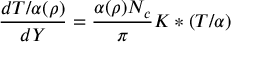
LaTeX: { \frac { d T / \alpha ( \rho ) } { d Y } } = { \frac { \alpha ( \rho ) N _ { c } } { \pi } } K \ast ( T / \alpha )